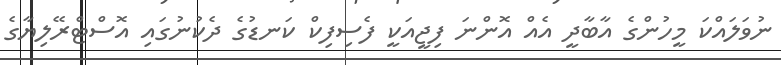
ނުވަލައްކަ މީހުންގެ އާބާދީ އެއް އޮންނަ ފިޖީއަކީ ފެސިފިކް ކަނޑުގެ ދެކުނުގައި އޮސްޓްރޭލިޔާގެ